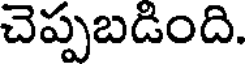
చెప్పబడింది.